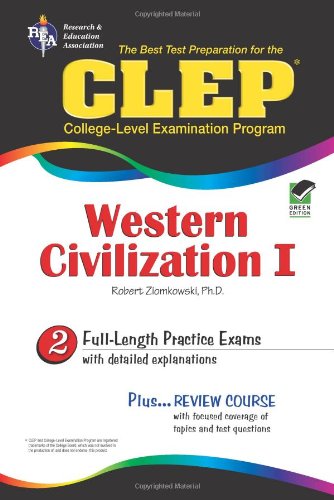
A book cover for CLEP Western Civilization I The Best Test Preparation for the CLEP Western Civilization I (REA); Dr. Robert M Ziomkowski; Test Preparation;